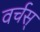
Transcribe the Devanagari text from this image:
वर्चस्